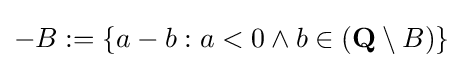
-B:=\{a-b:a<0\land b\in ({\textbf {Q}}\setminus B)\}